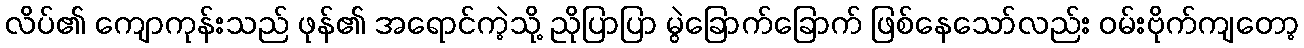
လိပ်၏ ကျောကုန်းသည် ဖုန်၏ အရောင်ကဲ့သို့ ညိုပြာပြာ မွဲခြောက်ခြောက် ဖြစ်နေသော်လည်း ဝမ်းဗိုက်ကျတော့